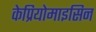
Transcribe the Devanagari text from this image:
केप्रियोमाइसिन